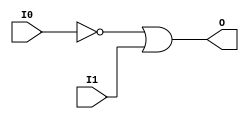
// $Header: /devl/xcs/repo/env/Databases/CAEInterfaces/verunilibs/s/OR2B1.v,v 1.8 2003/01/21 01:55:40 wloo Exp $

/*

FUNCTION	: 2-INPUT OR GATE

*/

`timescale  100 ps / 10 ps


module OR2B1 (O, I0, I1);

    output O;

    input  I0, I1;

    not N0 (i0_inv, I0);
    or O1 (O, i0_inv, I1);

    specify
	(I0 *> O) = (0, 0);
	(I1 *> O) = (0, 0);
    endspecify

endmodule